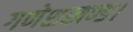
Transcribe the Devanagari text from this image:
गणेशखण्ड।